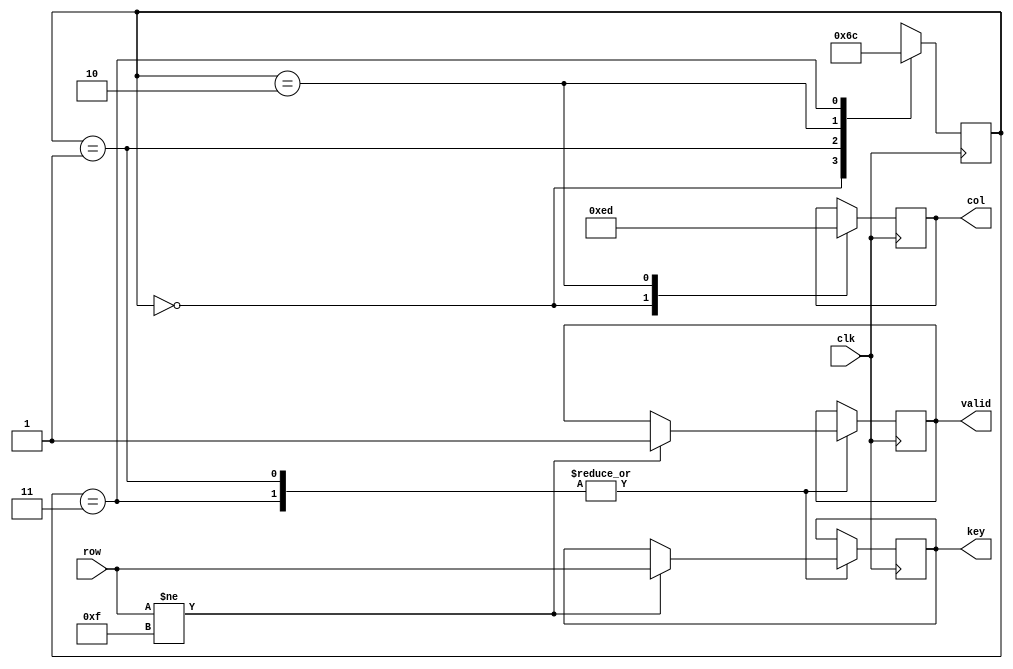
module keypad(
    input clk,
    input [3:0] row,
    output reg [3:0] col,
    output reg [3:0] key,
    output reg valid
);
    reg [1:0] state;

    always @(posedge clk) begin
        case (state)
            2'b00: begin
                col <= 4'b1110;
                state <= 2'b01;
                $display("State 00: col = %b, row = %b", col, row);
            end
            2'b01: begin
                if (row != 4'b1111) begin
                    key <= {col, row};
                    valid <= 1;
                    state <= 2'b10;
                    $display("State 01: Key Pressed, key = %b, valid = %b", key, valid);
                end else begin
                    state <= 2'b10;
                    $display("State 01: No Key Pressed, row = %b", row);
                end
            end
            2'b10: begin
                col <= 4'b1101;
                state <= 2'b11;
                $display("State 10: col = %b", col);
            end
            2'b11: begin
                if (row != 4'b1111) begin
                    key <= {col, row};
                    valid <= 1;
                    state <= 2'b00;
                    $display("State 11: Key Pressed, key = %b, valid = %b", key, valid);
                end else begin
                    state <= 2'b00;
                    $display("State 11: No Key Pressed, row = %b", row);
                end
            end
        endcase
    end
endmodule